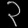
Digit: ၃